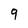
Character: 9